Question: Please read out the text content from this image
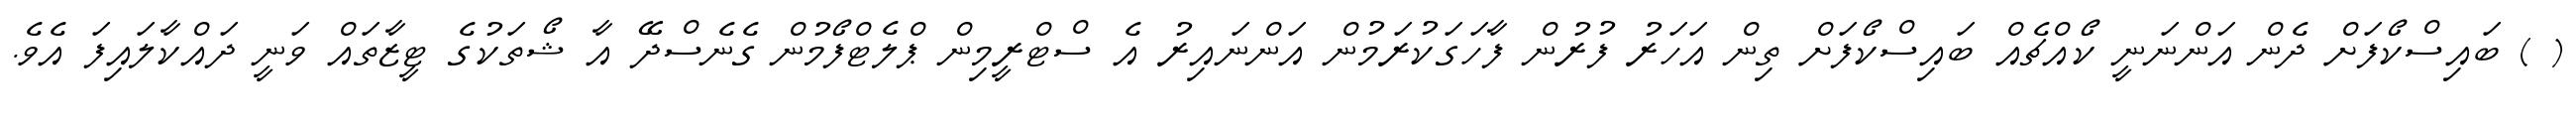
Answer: ( ) ބައިސްކޯފަށް ދެން އަންނަނީ ކޯއްޗެއް ބައިސްކޯފަށް ތިން އަހަރު ފުރުން ފާހަގަކުރަމުން އަންނައިރު އެ ސްޓްރީމިން ޕްލެޓްފޯމުން ގެނެސްދޭ އާ ޝޯތަކުގެ ޓީޒާތައް ވަނީ ދައްކާލައިފަ އެވެ.